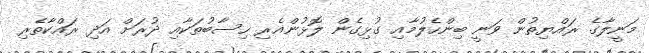
މަނީލާގެ ރައްޔިތުން ވަނީ ބިންހެލުމާއި ގުޅިގެން ލޮޅުންއެރި ހިސާބުތަކާއި ދުރަށް އަދި ރައްކާތެރި